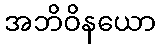
အဘိဝိနယော